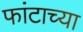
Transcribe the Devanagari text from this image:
फांटाच्या